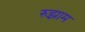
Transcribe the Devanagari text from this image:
रुझाम